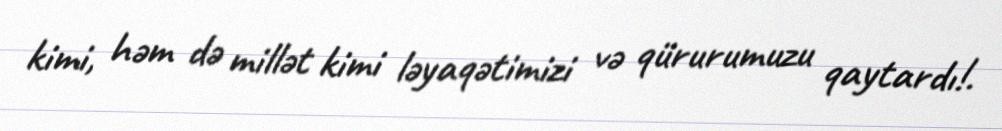
kimi, həm də millət kimi ləyaqətimizi və qürurumuzu qaytardı!.